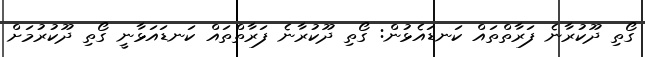
ގޯތި ދޫކުރާނެ ފަރާތްތައް ކަނޑައެޅުން: ގޯތި ދޫކުރާނެ ފަރާތްތައް ކަނޑައަޅާނީ ގޯތި ދޫކުރުމަށް